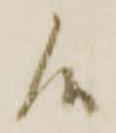
候